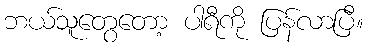
ဘယ်သူတွေတော့ ပါရီကို ပြန်လာပြီ။